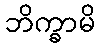
ဘိက္ခာမိ